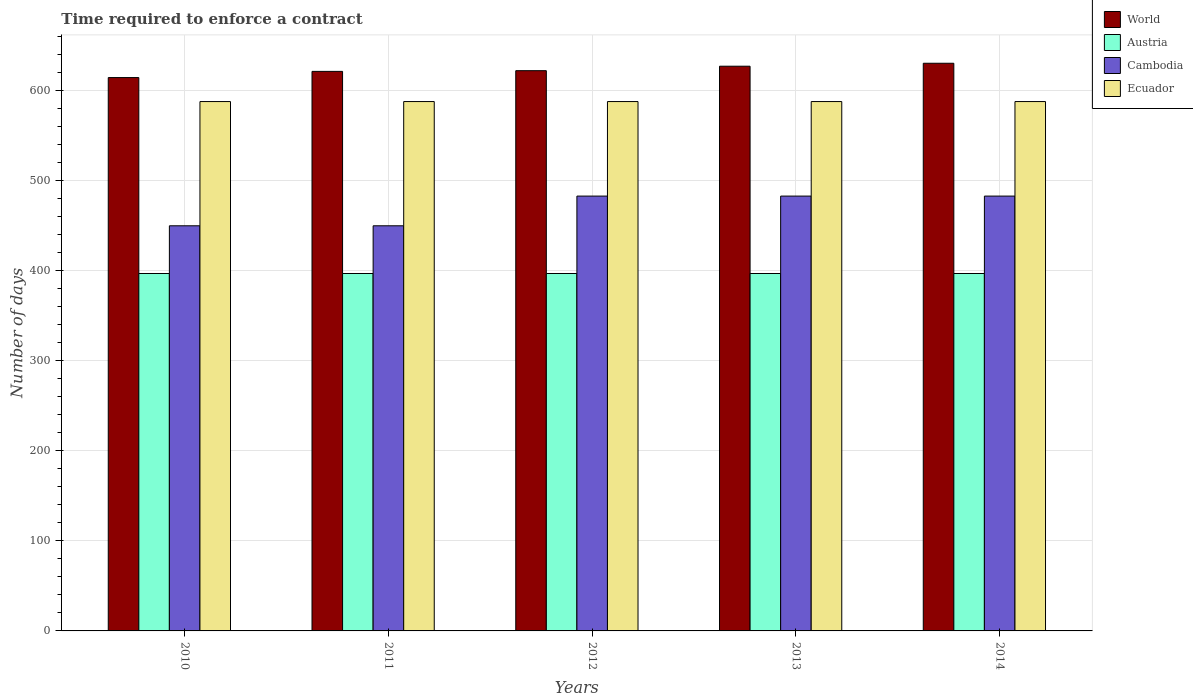
| Years | World | Austria | Cambodia | Ecuador |
 | --- | --- | --- | --- | --- |
 | 2010 | 615 | 397 | 450 | 588 |
 | 2011 | 622 | 397 | 450 | 588 |
 | 2012 | 622 | 397 | 483 | 588 |
 | 2013 | 627 | 397 | 483 | 588 |
 | 2014 | 631 | 397 | 483 | 588 |